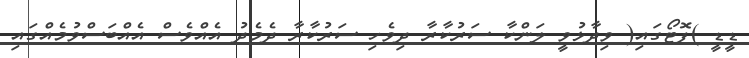
ޑީޑީ )ފޮޓޯގައި( ވިދާޅުވީ ލަންކާ ސަރުކާރާ ދިވެހި ސަރުކާރާ ދެމެދު އެއްވެސް އެއްބަސްވުމެއްގައި